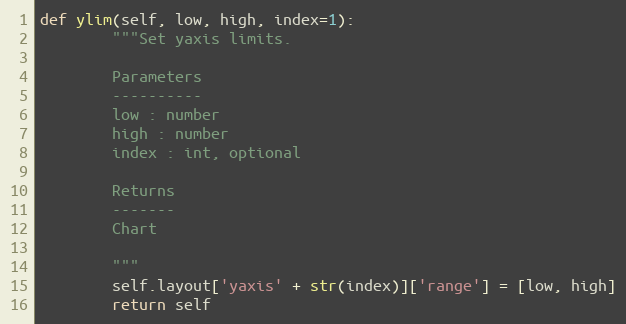
Language: Python
def ylim(self, low, high, index=1):
        """Set yaxis limits.

        Parameters
        ----------
        low : number
        high : number
        index : int, optional

        Returns
        -------
        Chart

        """
        self.layout['yaxis' + str(index)]['range'] = [low, high]
        return self